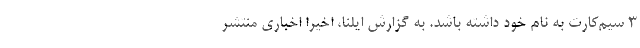
3 سیم‌کارت به نام خود داشته باشد. به گزارش ایلنا، اخیرا اخباری منتشر